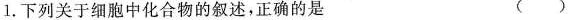
1.下列关于细胞中化合物的叙述，正确的是（ ）